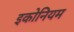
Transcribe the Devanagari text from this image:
इकोनियम